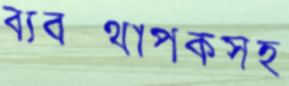
ব্যবস্থাপকসহ